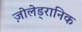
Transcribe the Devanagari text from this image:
ज़ोलेड्रानिक